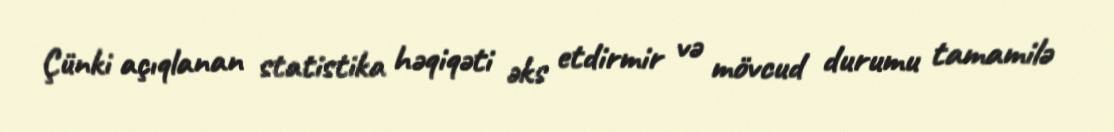
Çünki açıqlanan statistika həqiqəti əks etdirmir və mövcud durumu tamamilə